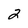
Character: 2